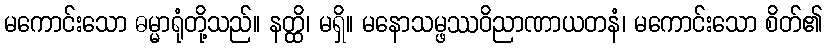
မကောင်းသော ဓမ္မာရုံတို့သည်။ နတ္ထိ၊ မရှိ။ မနောသမ္ဖဿဝိညာဏာယတနံ၊ မကောင်းသော စိတ်၏